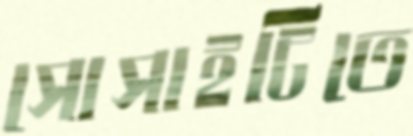
সোসাইটিতে